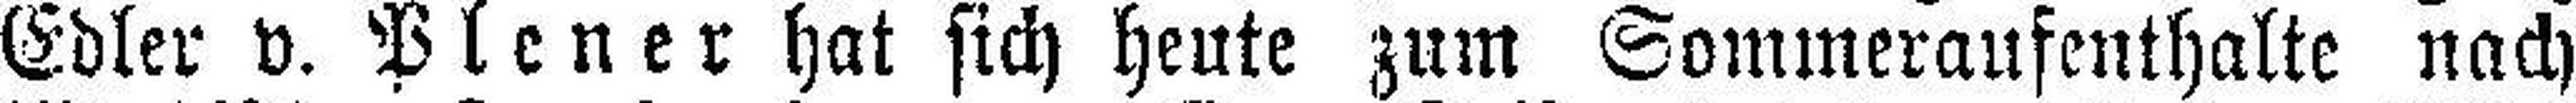
Edler v. Plener hat sich heute zum Sommeraufenthalte nach